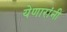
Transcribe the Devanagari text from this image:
येणारांनी